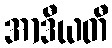
အာဒီယတီ